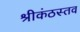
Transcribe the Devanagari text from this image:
श्रीकंठस्तव